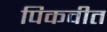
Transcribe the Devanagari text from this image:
पिकवीत